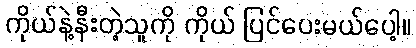
ကိုယ်နဲ့နီးတဲ့သူကို ကိုယ် ပြင်ပေးမယ်ပေါ့။